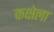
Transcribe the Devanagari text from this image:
कक्षेला